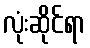
လုံးဆိုင်ရာ